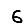
Digit: 6